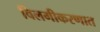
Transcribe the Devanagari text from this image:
विलगीकरणात